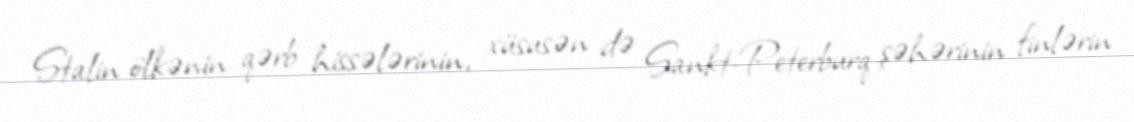
Stalin ölkənin qərb hissələrinin, xüsusən də Sankt-Peterburq şəhərinin finlərin